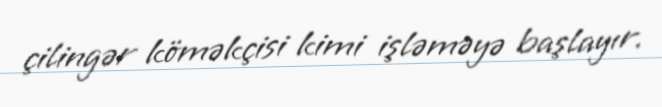
çilingər köməkçisi kimi işləməyə başlayır.